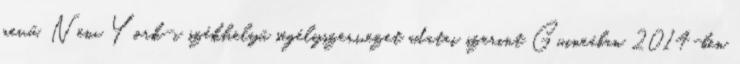
nevű, New York-i székhelyű segélyszervezet adatai szerint Guineában 2014-ben